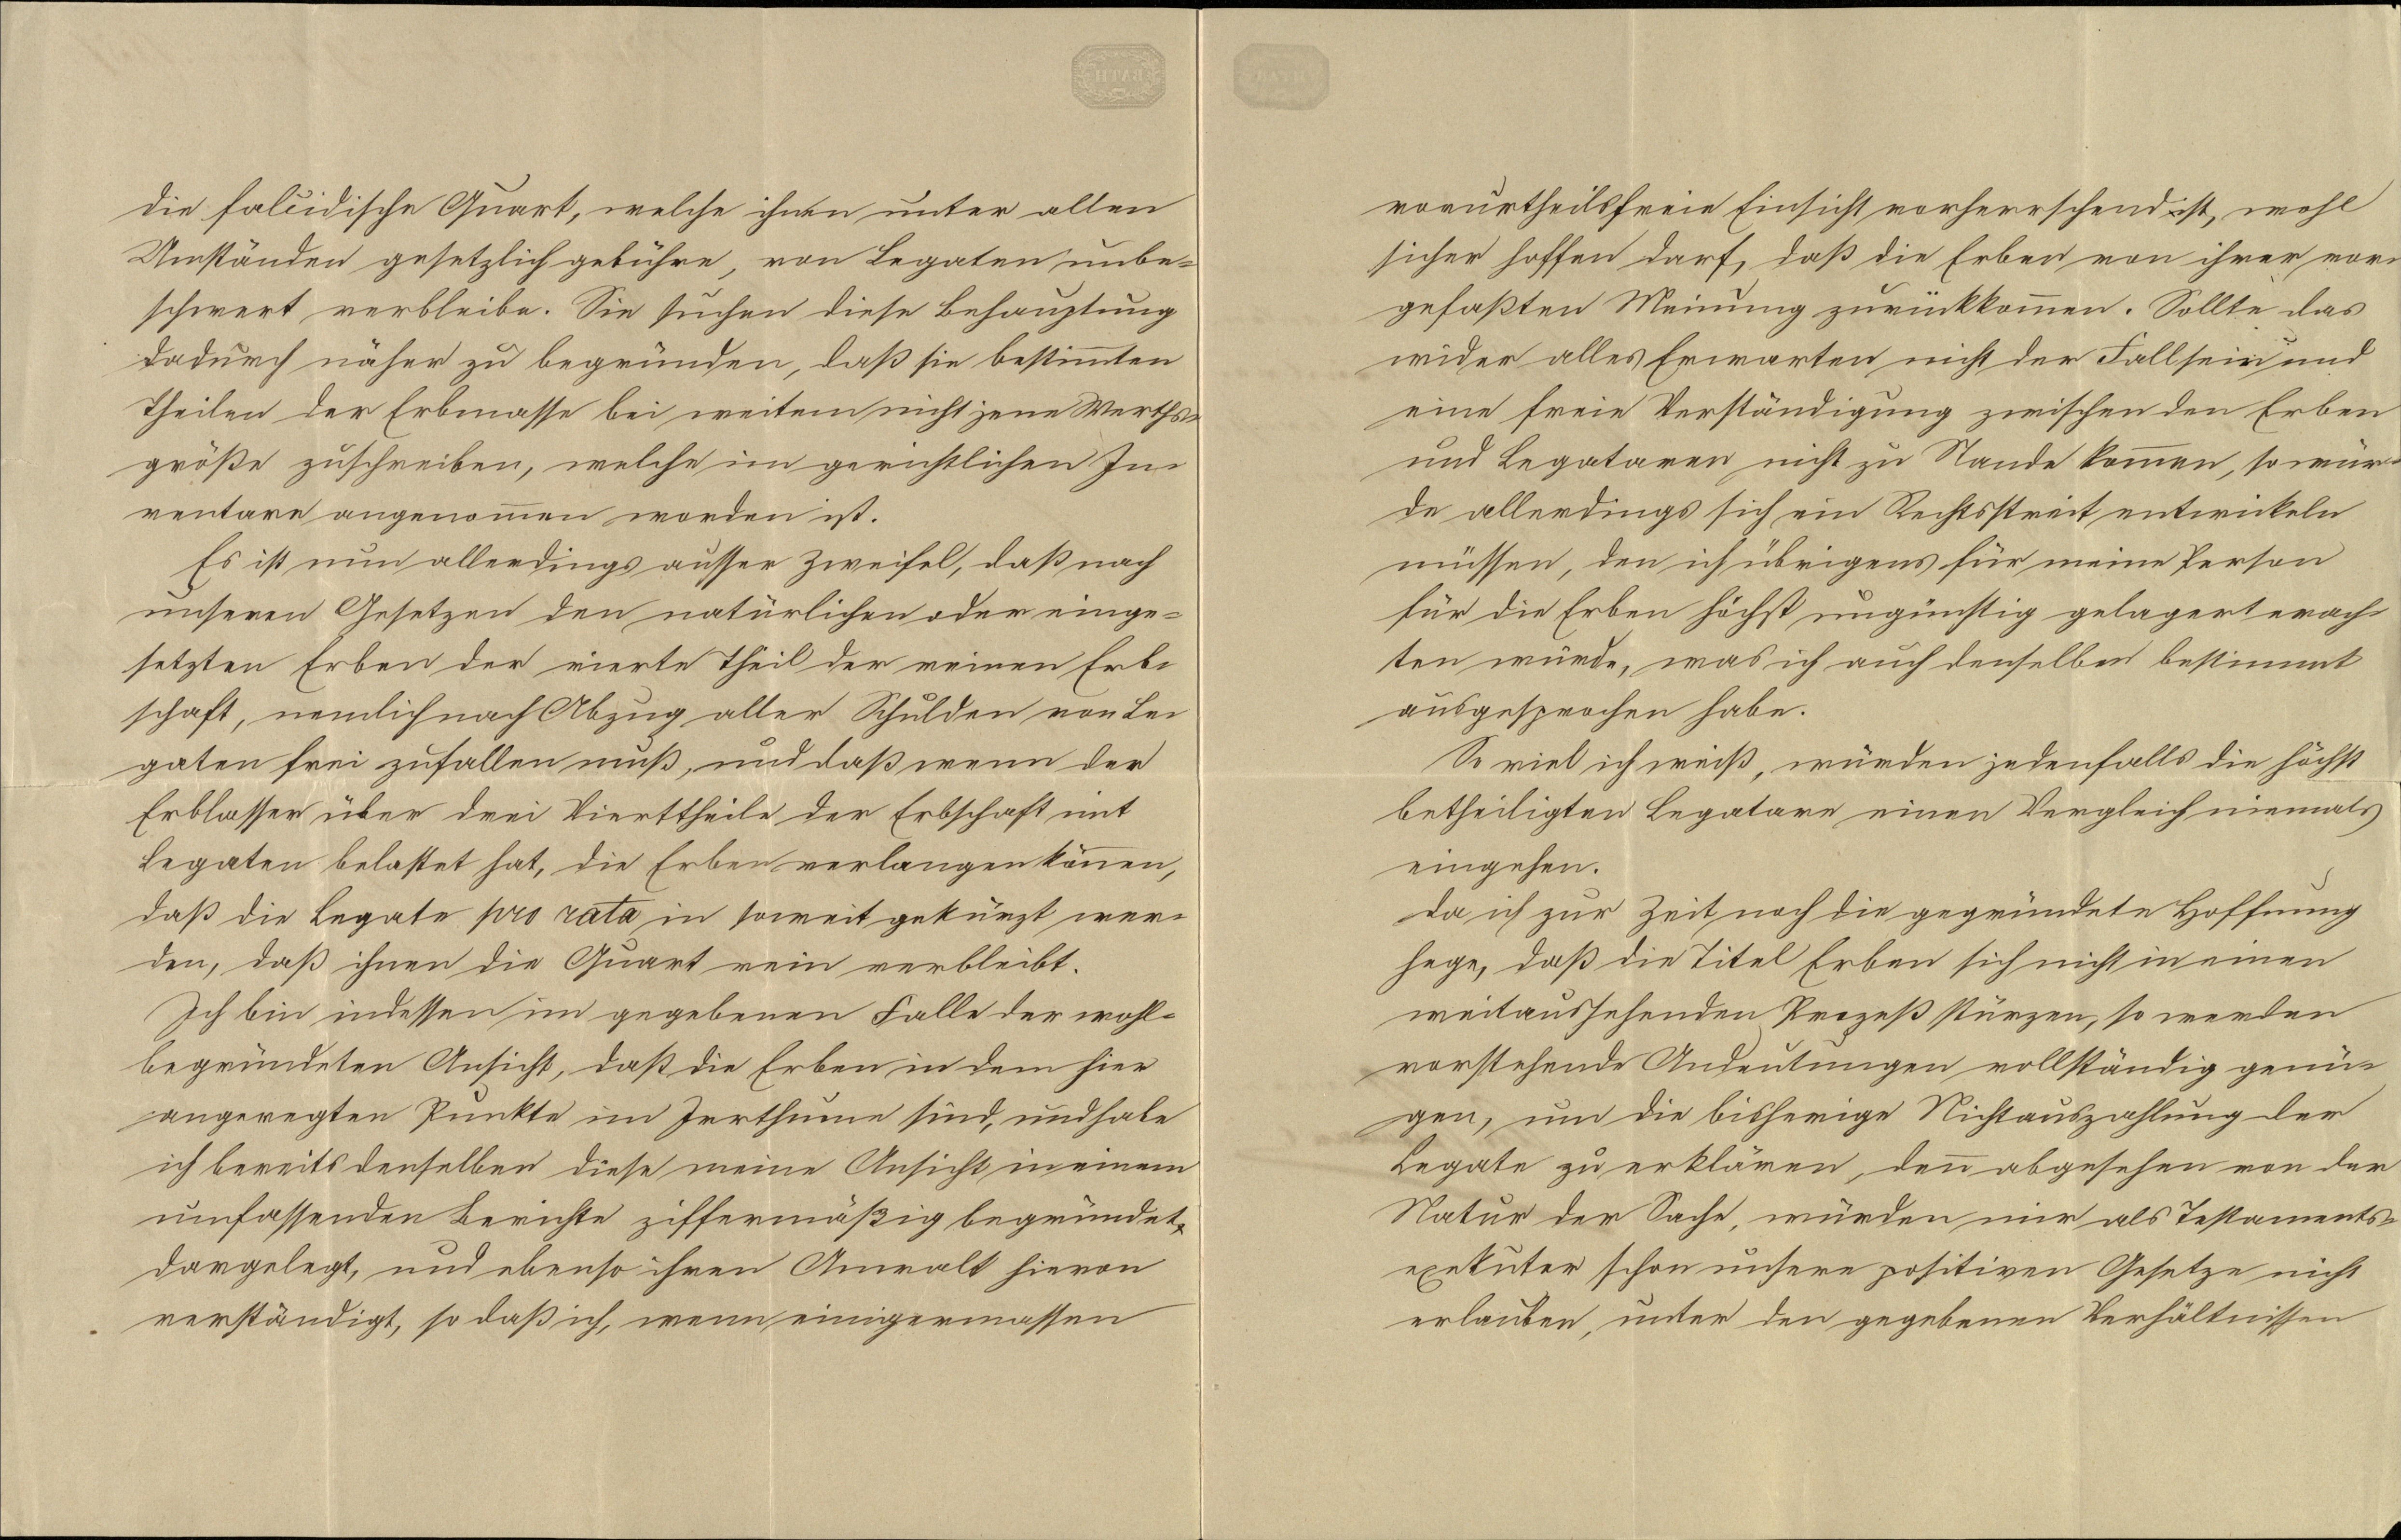
die faluidische Quart, welche ihnen unter allen
Umständen gesetzlich gebühre, von Legaten unbe¬
schwert verbleibe. Sie suchen diese Behauptung
dadurch näher zu begründen, daß sie bestimmten
Theilen der Erbmasse bei weitem nicht jene Werths¬
größe zuschreiben, welche im gerichtlichen In¬
ventare angenommen worden ist.
Es ist nun allerdings ausser Zweifel, daß nach
unseren Gesetzen den natürlichen oder einge¬
setzten Erben der vierte Theil der reinen Erb¬
schaft, nemlich nach Abzug aller Schulden von Le¬
gaten frei zufallen muß, und daß wenn der
Erblasser über drei Vierttheile der Erbschaft mit
Legaten belastet hat, die Erben verlangen können,
daß die Legaten pro rata in soweit gekürzt wer¬
den, daß ihnen die Quart rein verbleibt.
Ich bin indessen im gegebenen Falle der wohl¬
begründeten Ansicht, daß die Erben in dem hier
angeregten Punkte im Irrthum sind, und habe
ich bereits denselben diese meine Ansicht in einem
umfassenden Berichte ziffermäßig begründet
dargelegt, und ebenso ihren Anwalt hievon
verständigt, so daß ich, wenn einigermassen

vorurtheilsfreie Einsicht vorherrschend ist, wohl
sicher hoffen darf, daß die Erben von ihrer vor¬
gefaßten Meinung zurückkommen. Sollte das
wieder alles Erwarten nicht der Fall sein und
eine freie Verständigung zwischen den Erben
und Legataren nicht zu Stande kommen, so wür¬
de allerdings sich ein Rechtsstreit entwickeln
müssen, den ich übrigens für meine Person
für die Erben höchst ungünstig gelagert erach¬
ten würde, was ich auch denselben bestimmt
ausgesprochen habe.
So viel ich weiß, würden jedenfalls die höchst
betheiligten Legatare einen Vergleich niemals
eingehen.
Da ich zur Zeit noch die gegründete Hoffnung
hege, daß die Titel Erben sich nicht in einen
weitaussehenden Prozeß stürzen, so werden
vorstehende Andeutungen vollständig genü¬
gen, um die bisherige Nichtauszahlung der
Legate zu erklären, denn abgesehen von der
Natur der Sache, würden mir als Testaments¬
exekuter schon unsere positiven Gesetze nicht
erlauben, unter den gegebenen Verhältnissen